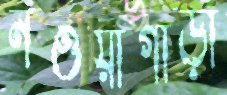
নওয়াগাড়া